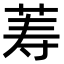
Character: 䓓